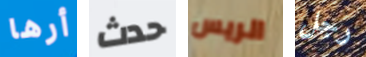
أرها حدث الريس رجل